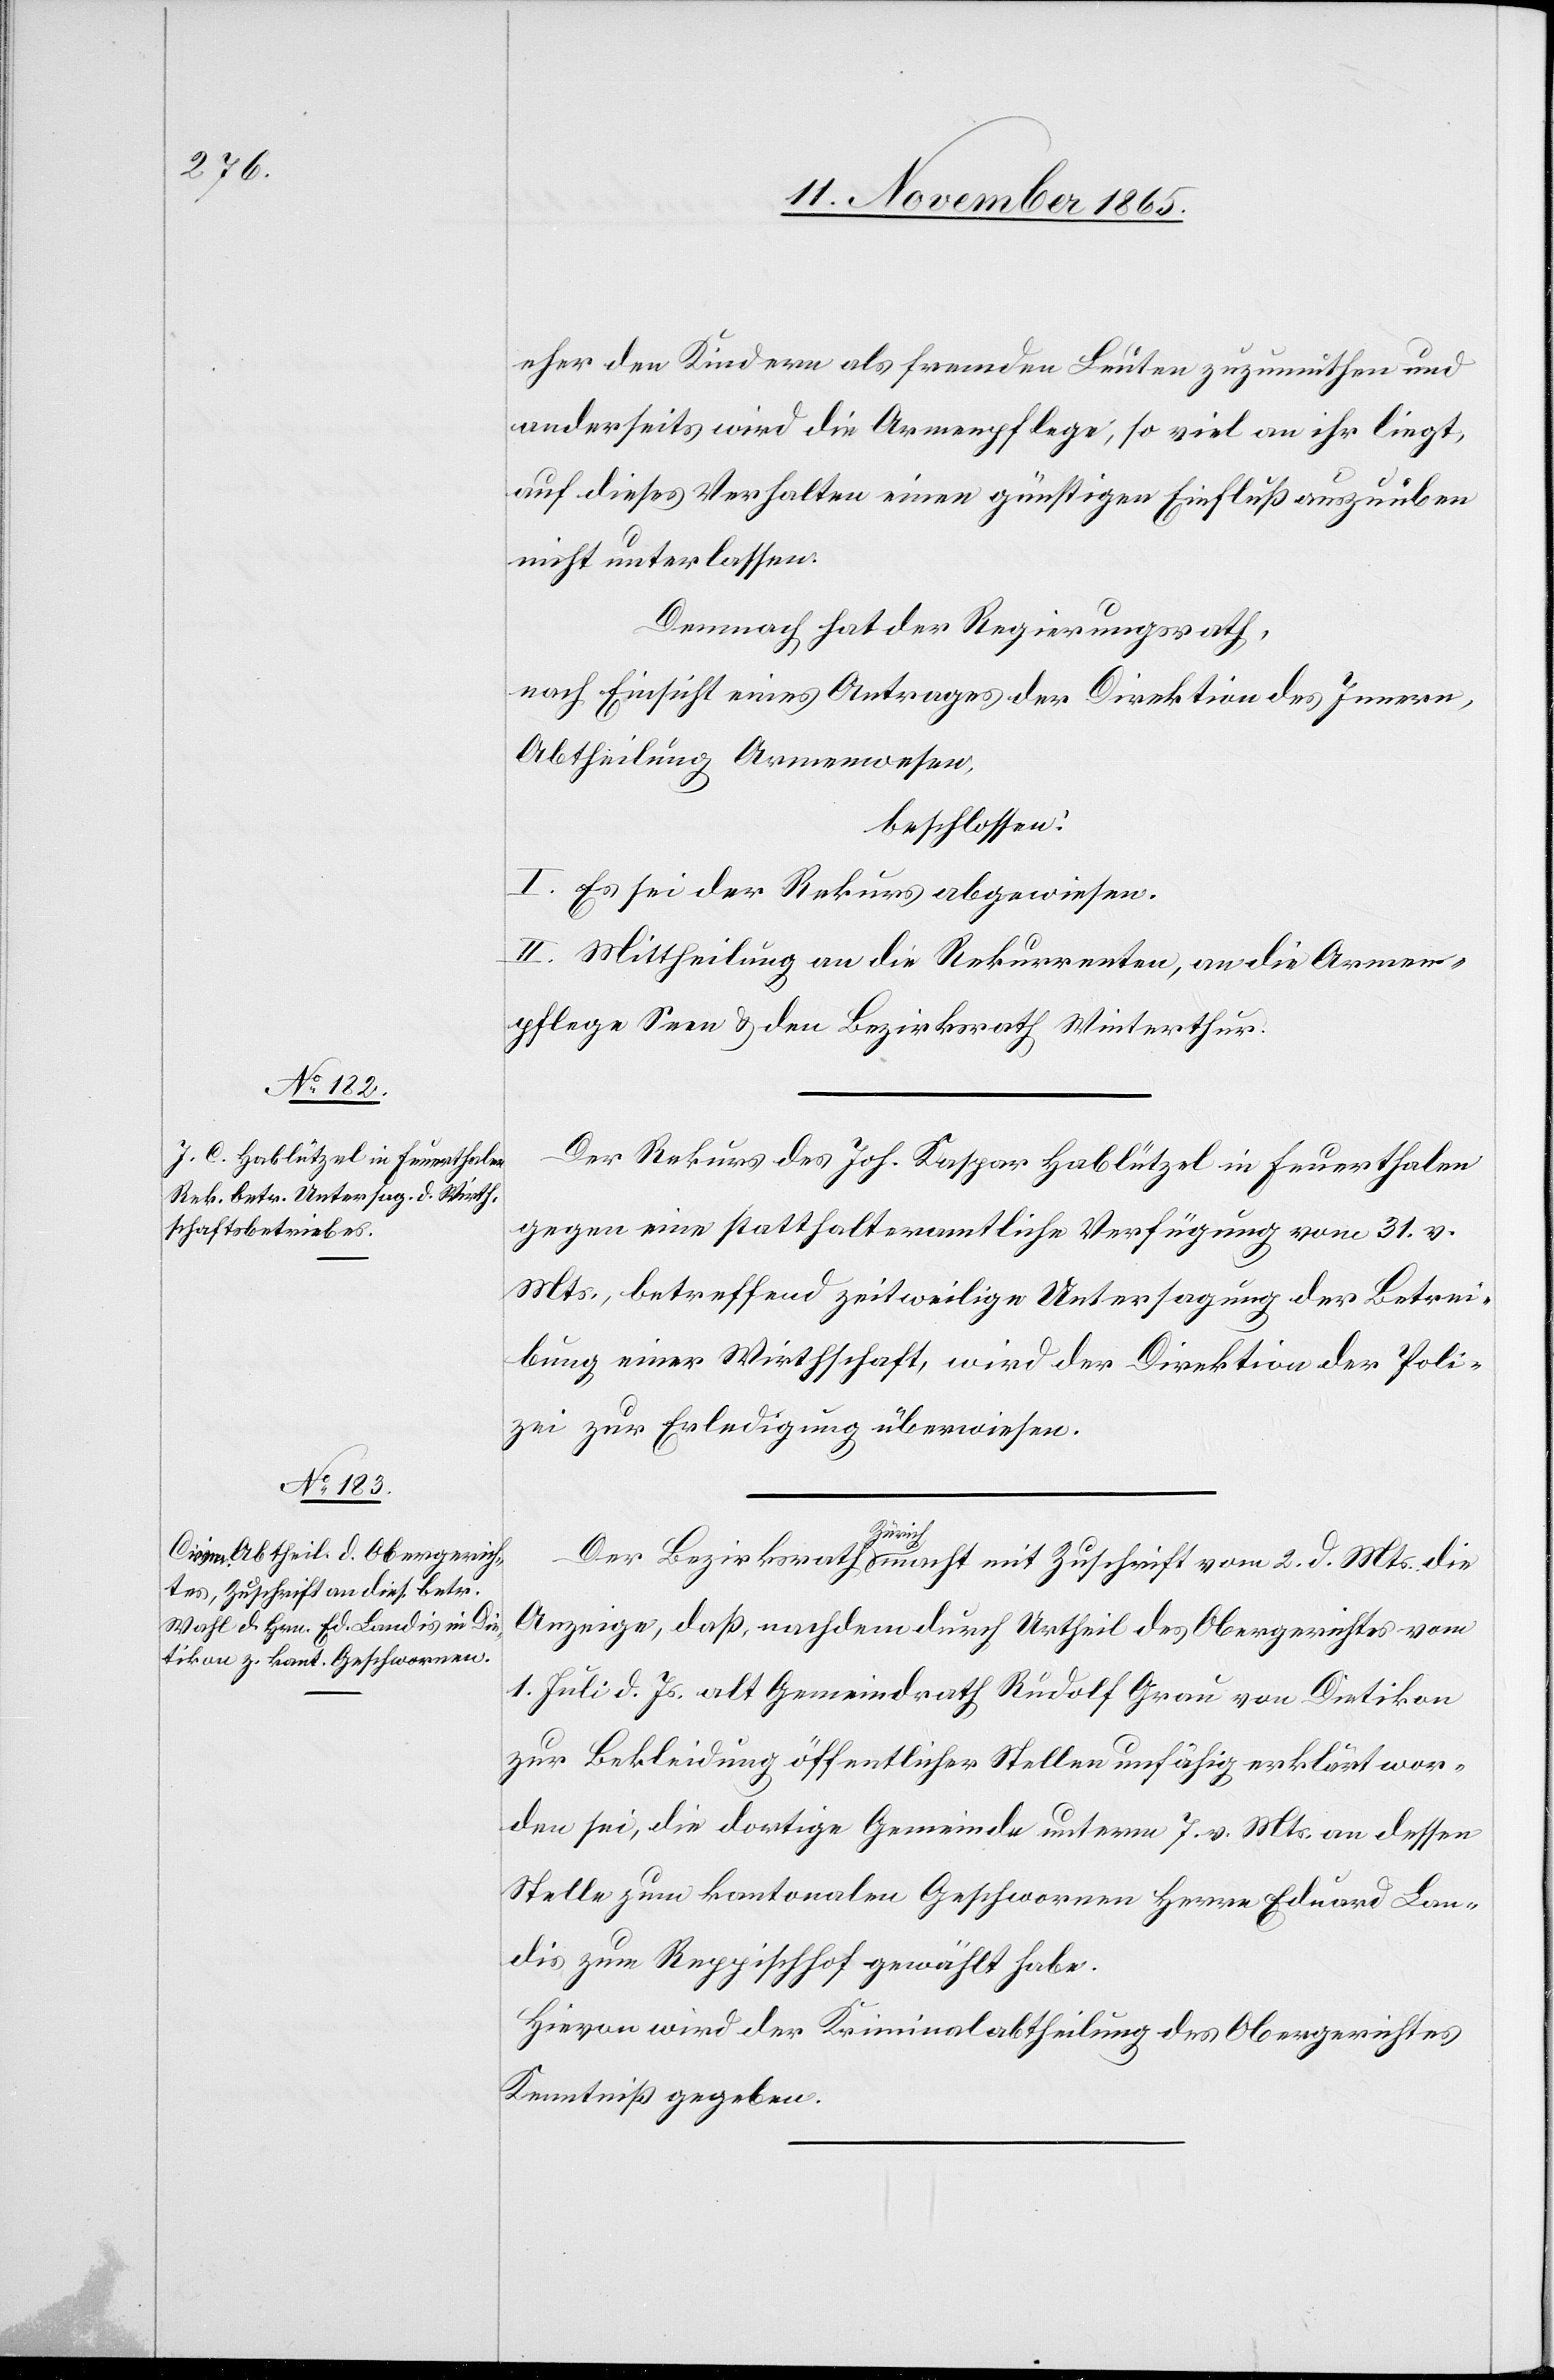
eher den Kindern als fremden Leuten zuzumuthen und
anderseits wird die Armenpflege, so viel an ihr liegt,
auf dieses Verhalten einen günstigen Einfluss auszuüben
nicht unterlassen.
Demnach hat der Regierungsrath,
nach Einsicht eines Antrages der Direktion des Innern,
Abtheilung Armenwesen,
beschlossen:
I. Es sei der Rekurs abgewiesen.
II. Mittheilung an die Rekurrenten, an die Armen¬
pflege Seen & den Bezirksrath Winterthur.
Der Rekurs des Joh. Kaspar Hablützel in Feuerthalen
gegen eine Statthalteramtliche Verfügung vom 31. v.
Mts., betreffend die zeitweilige Untersagung der Betrei¬
bung einer Wirthschaft, wird der Direktion der Poli¬
zei zur Erledigung überwiesen.
Anzeige, daß, nachdem durch Urtheil des Obergerichtes vom
1. Juli d. Js. alt Gemeindrath Rudolf Grau von Dietikon
zur Bekleidung öffentlicher Stellen unfähig erklärt wor¬
den sei, die dortige Gemeinde unterm 7. v. Mts. an dessen
Stelle zum kantonalen Geschwornen Herrn Eduard Lan¬
dis zum Reppischhof gewählt habe.
Hievon wird der Kriminalabtheilung des Obergerichtes
Kenntniß gegeben.